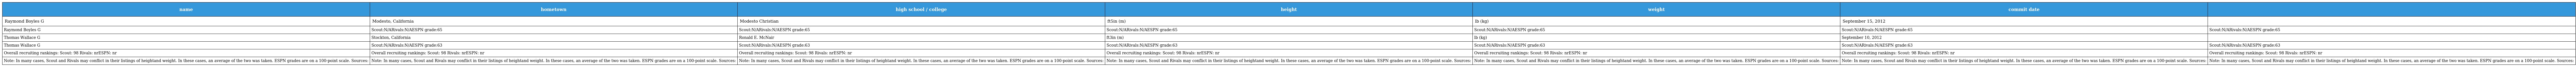
| name | hometown | high school / college | height | weight | commit date |  |
 | --- | --- | --- | --- | --- | --- | --- |
 | Raymond Boyles G | Modesto, California | Modesto Christian | ft5in (m) | lb (kg) | September 15, 2012 |  |
 | Raymond Boyles G | Scout:N/ARivals:N/AESPN grade:65 | Scout:N/ARivals:N/AESPN grade:65 | Scout:N/ARivals:N/AESPN grade:65 | Scout:N/ARivals:N/AESPN grade:65 | Scout:N/ARivals:N/AESPN grade:65 | Scout:N/ARivals:N/AESPN grade:65 |
 | Thomas Wallace G | Stockton, California | Ronald E. McNair | ft3in (m) | lb (kg) | September 10, 2012 |  |
 | Thomas Wallace G | Scout:N/ARivals:N/AESPN grade:63 | Scout:N/ARivals:N/AESPN grade:63 | Scout:N/ARivals:N/AESPN grade:63 | Scout:N/ARivals:N/AESPN grade:63 | Scout:N/ARivals:N/AESPN grade:63 | Scout:N/ARivals:N/AESPN grade:63 |
 | Overall recruiting rankings: Scout: 98 Rivals: nrESPN: nr | Overall recruiting rankings: Scout: 98 Rivals: nrESPN: nr | Overall recruiting rankings: Scout: 98 Rivals: nrESPN: nr | Overall recruiting rankings: Scout: 98 Rivals: nrESPN: nr | Overall recruiting rankings: Scout: 98 Rivals: nrESPN: nr | Overall recruiting rankings: Scout: 98 Rivals: nrESPN: nr | Overall recruiting rankings: Scout: 98 Rivals: nrESPN: nr |
 | Note: In many cases, Scout and Rivals may conflict in their listings of heightand weight. In these cases, an average of the two was taken. ESPN grades are on a 100-point scale. Sources: | Note: In many cases, Scout and Rivals may conflict in their listings of heightand weight. In these cases, an average of the two was taken. ESPN grades are on a 100-point scale. Sources: | Note: In many cases, Scout and Rivals may conflict in their listings of heightand weight. In these cases, an average of the two was taken. ESPN grades are on a 100-point scale. Sources: | Note: In many cases, Scout and Rivals may conflict in their listings of heightand weight. In these cases, an average of the two was taken. ESPN grades are on a 100-point scale. Sources: | Note: In many cases, Scout and Rivals may conflict in their listings of heightand weight. In these cases, an average of the two was taken. ESPN grades are on a 100-point scale. Sources: | Note: In many cases, Scout and Rivals may conflict in their listings of heightand weight. In these cases, an average of the two was taken. ESPN grades are on a 100-point scale. Sources: | Note: In many cases, Scout and Rivals may conflict in their listings of heightand weight. In these cases, an average of the two was taken. ESPN grades are on a 100-point scale. Sources: |